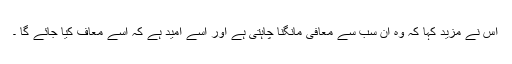
اُس نے مزید کہا کہ وہ اُن سب سے معافى مانگنا چاہتی ہے اور اُسے اُمید ہے کہ اُسے معاف کیا جائے گا ۔